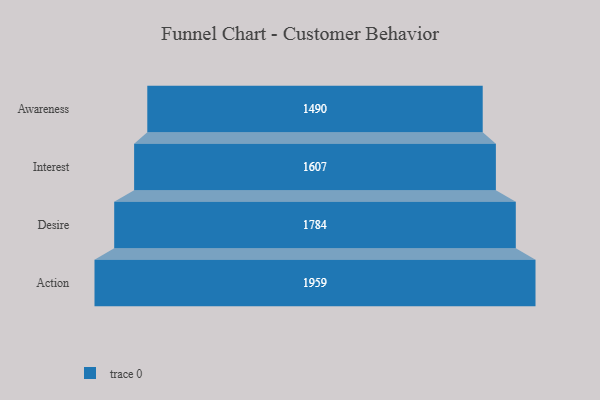
{"axis": {"x": "Stage", "y": "Value"}, "legend": [""], "data": [{"x": "Awareness", "y": 1490.0, "type": ""}, {"x": "Interest", "y": 1607.0, "type": ""}, {"x": "Desire", "y": 1784.0, "type": ""}, {"x": "Action", "y": 1959.0, "type": ""}]}